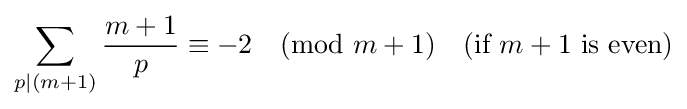
\sum _{p|(m+1)}{\frac {m+1}{p}}\equiv -2{\pmod {m+1}}\quad {\text{(if }}m+1{\text{ is even)}}